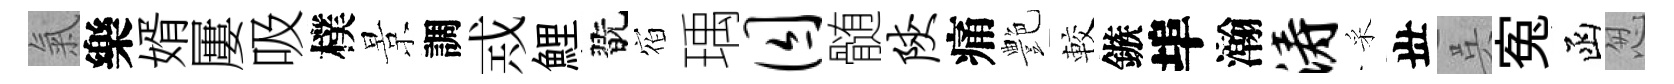
氣樂婿屢吸樸景調𢦶鯉翫𪧐瑀囚髄陕痛艶較鏃埠瀚涛采丗呉寃函怱